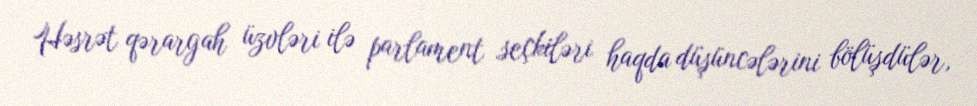
Həsrət qərargah üzvləri ilə parlament seçkiləri haqda düşüncələrini bölüşdülər,